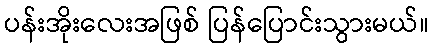
ပန်းအိုးလေးအဖြစ် ပြန်ပြောင်းသွားမယ်။